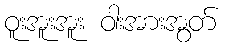
ဝူးအူးအူး ဝါးအားအွတ်